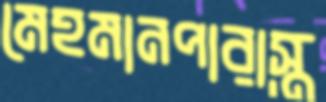
মেহমানপারাস্ত